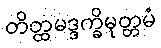
တိတ္ထမဒ္ဒက္ခိမုတ္တမံ